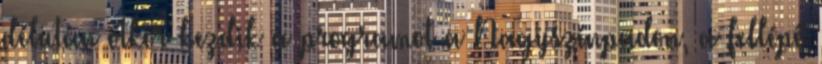
délután ötkor kezdik a programot a Nagyszínpadon, a fellépő